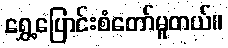
ရွှေ့ပြောင်းစံတော်မူတယ်။